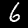
Label: 6